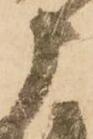
申